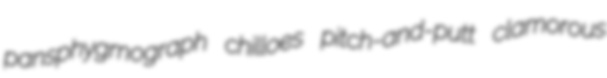
pansphygmograph chilloes pitch-and-putt clamorous